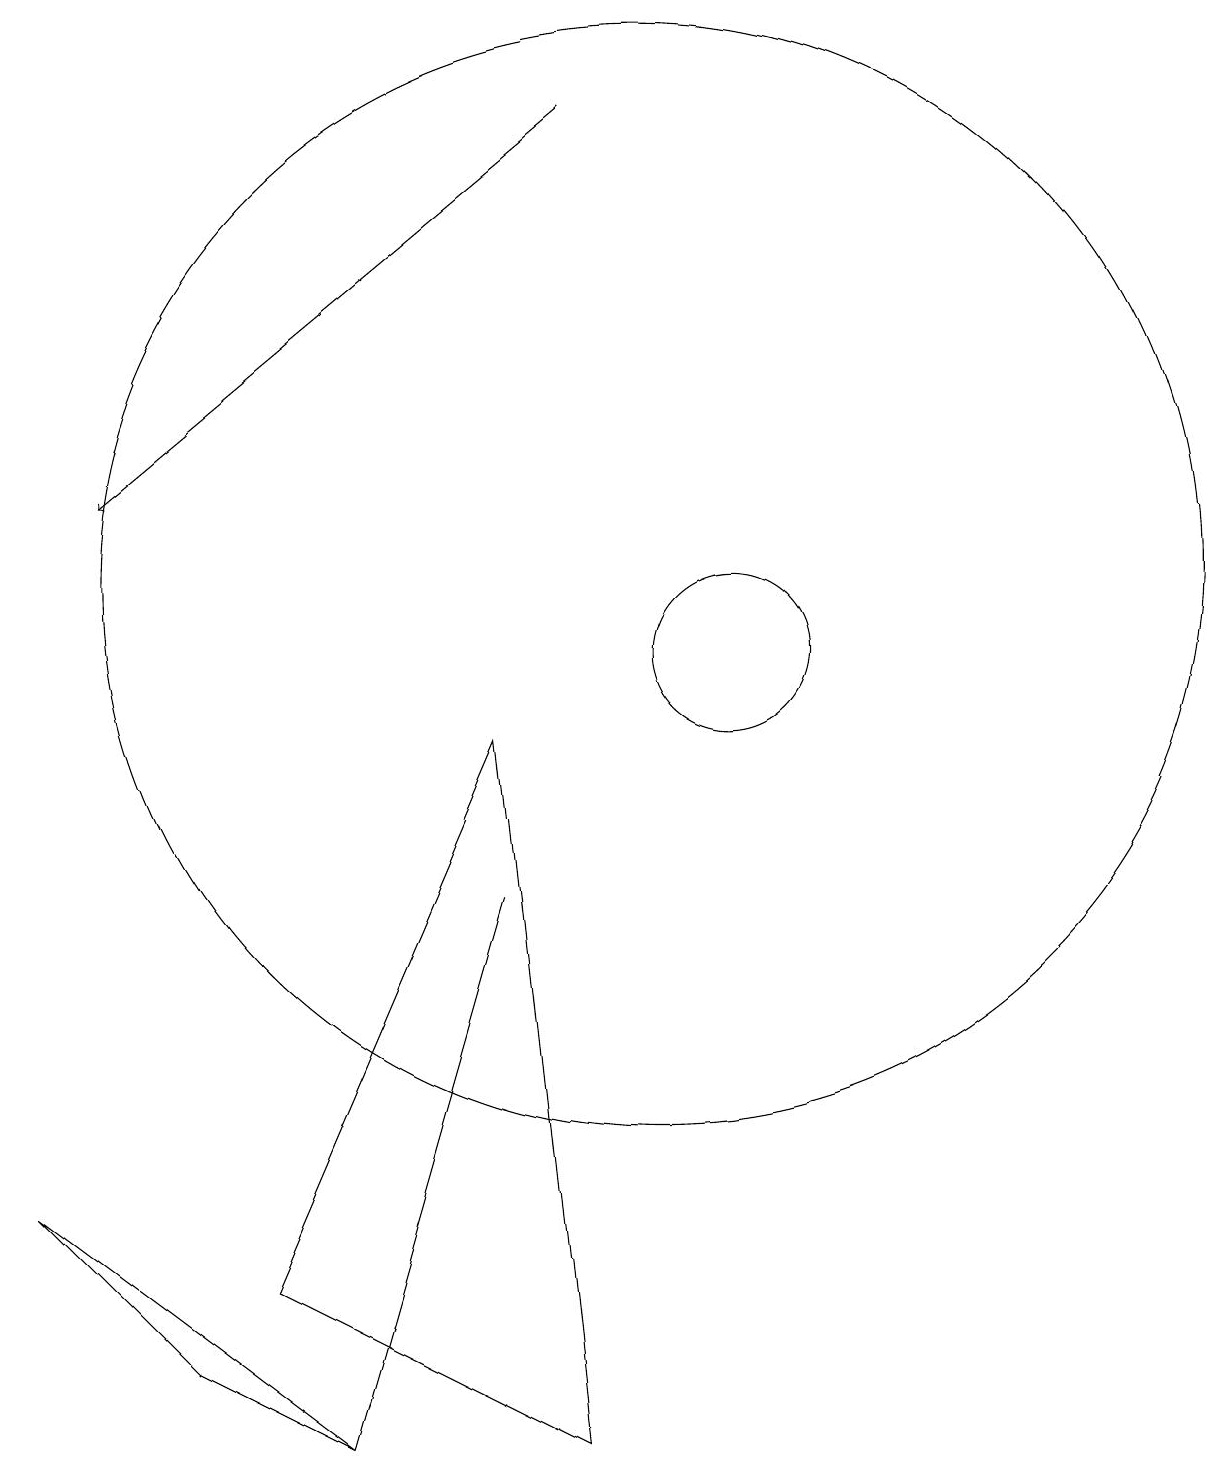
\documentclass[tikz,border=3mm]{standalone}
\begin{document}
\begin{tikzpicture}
\draw (6,0) -- (2,3) -- (4,1) -- cycle;
\draw (10,11) circle (7);
\draw[->] (9,17) -- (3,12);
\draw (5,2) -- (9,0) -- (8,9) -- cycle;
\draw (6,0) -- (8,7) -- (6,0) -- cycle;
\draw (11,10) circle (1);
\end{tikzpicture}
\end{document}